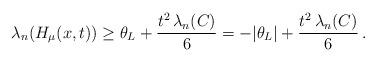
LaTeX: \begin{align*}\lambda_n(H_{\mu}(x,t))\ge \theta_L+\frac{t^2\,\lambda_n(C)}{6} =-|\theta_L|+\frac{t^2\,\lambda_n(C)}{6}\,.\end{align*}